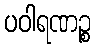
ပဝါရဏဉ္စ